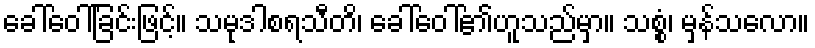
ခေါ်ဝေါ်ခြင်းဖြင့်။ သမုဒါစရသီတိ၊ ခေါ်ဝေါ်၏ဟူသည်မှာ။ သစ္စံ၊ မှန်သလော။